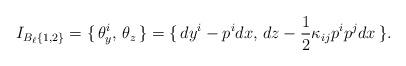
LaTeX: \begin{align*}I_{B_\ell\{1, 2\}} = \{\, \theta^i_y, \, \theta_z \,\} = \{\, dy^i - p^i dx,\, dz - \frac12 \kappa_{ij}p^ip^jdx\, \} .\end{align*}